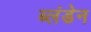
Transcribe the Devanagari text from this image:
ब्लंडेन